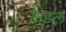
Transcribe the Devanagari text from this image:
केडल